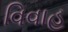
વિવાહ